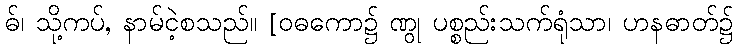
ဓ်၊ သို့ကပ်, နာမ်ငဲ့စသည်။ [ဝဓကော၌ ဏွု ပစ္စည်းသက်ရုံသာ၊ ဟနဓာတ်၌